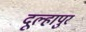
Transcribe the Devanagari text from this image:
दूल्हापुर